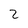
Character: 2